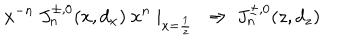
x ^ { - n } \ J _ { n } ^ { \pm , 0 } ( x , d _ { x } ) \ x ^ { n } \mid _ { x = { \frac { 1 } { z } } } \ \Rightarrow \ J _ { n } ^ { \pm , 0 } ( z , d _ { z } )